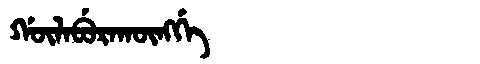
Manchu: ᡤᡡᠯᠠᠪᡠᡵᠠᡴᡡᠩᡤᡝ
Romanization: GŪLABURAKŪNGGE